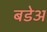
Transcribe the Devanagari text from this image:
बडेअ